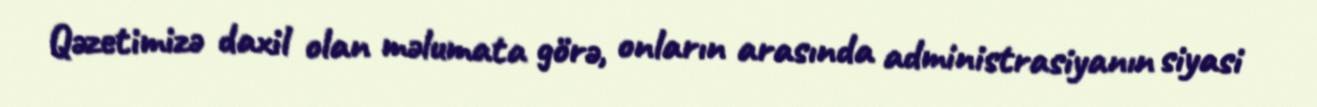
Qəzetimizə daxil olan məlumata görə, onların arasında administrasiyanın siyasi